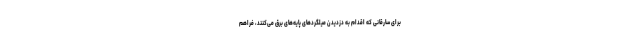
برای سارقانی که اقدام به دزدیدن میلگردهای پایه‌های برق می‌کنند، فراهم